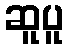
ဆူပူ